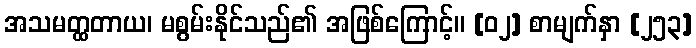
အသမတ္ထတာယ၊ မစွမ်းနိုင်သည်၏ အဖြစ်ကြောင့်။ [၀၂] စာမျက်နှာ [၂၅၃]